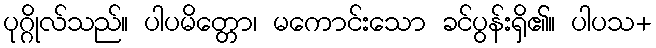
ပုဂ္ဂိုလ်သည်။ ပါပမိတ္တော၊ မကောင်းသော ခင်ပွန်းရှိ၏။ ပါပသ+